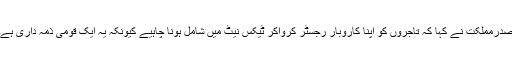
صدرمملکت نے کہا کہ تاجروں کو اپنا کاروبار رجسٹر کرواکر ٹیکس نیٹ میں شامل ہونا چاہیے کیونکہ یہ ایک قومی ذمہ داری ہے۔